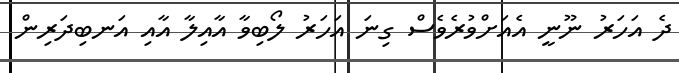
ދެ އަހަރު ނޫނީ އެއަށްވުރެވެސް ގިނަ އަހަރު ލޯބިވާ އާއިލާ އާއި އަނބިދަރިން